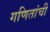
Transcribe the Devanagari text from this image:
गणितांची